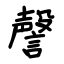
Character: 謦